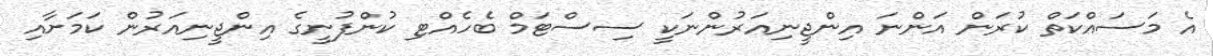
އެ މަސައްކަތް ކުރަން އަންނަ އިންޖީނިއަރުންނަކީ ސިސްޓަމް ބެހެއްޓި ކުންފުނީގެ އިންޖީނިއަރުން ކަމަށާއި